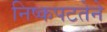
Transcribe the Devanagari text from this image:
निष्कपटतेने